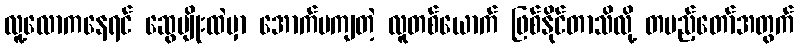
လူ့လောကနေရင် ဆွေမျိုးထဲမှာ အောက်မကျတဲ့ လူတစ်ယောက် ဖြစ်နိုင်တာသိလို့ တပည့်တော်အတွက်